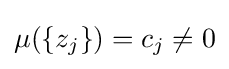
\mu (\{z_{j}\})=c_{j}\neq 0